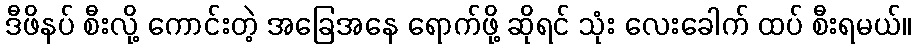
ဒီဖိနပ် စီးလို့ ကောင်းတဲ့ အခြေအနေ ရောက်ဖို့ ဆိုရင် သုံး လေးခေါက် ထပ် စီးရမယ်။